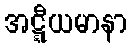
အဋ္ဋီယမာနာ